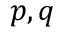
p , q